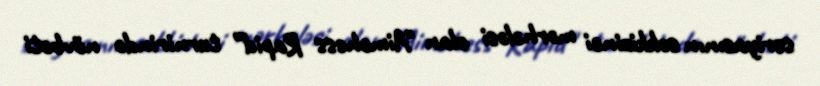
seriyasının səkkizinci mərhələsi olan "Aimchess Rapid" turnirində növbəti